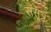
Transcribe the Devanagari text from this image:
ससूत्र